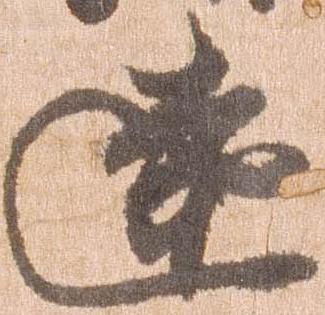
遠